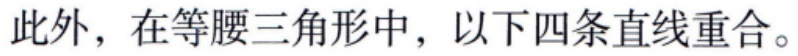
此外，在等腰三角形中，以下四条直线重合。